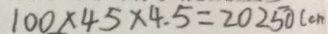
1 0 0 \times 4 5 \times 4 . 5 = 2 0 2 5 0 ( c m